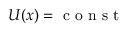
U ( x ) = \mathrm { ~ c ~ o ~ n ~ s ~ t ~ }